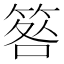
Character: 𥮑